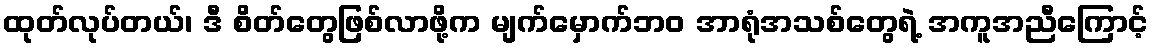
ထုတ်လုပ်တယ်၊ ဒီ စိတ်တွေဖြစ်လာဖို့က မျက်မှောက်ဘဝ အာရုံအသစ်တွေရဲ့ အကူအညီကြောင့်